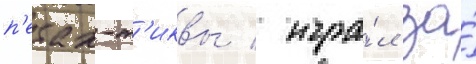
п'етах-т'иквы / игра́л за́